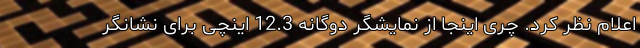
اعلام نظر کرد. چری اینجا از نمایشگر دوگانه 12.3 اینچی برای نشانگر